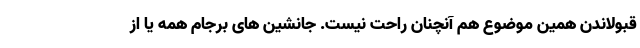
قبولاندن همین موضوع هم آنچنان راحت نیست. جانشین های برجام همه یا از